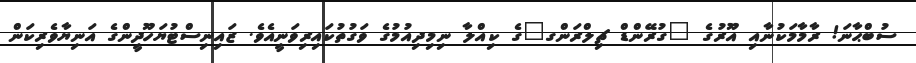
ސުބްޙާނަ! ރާމާމަކުނާއި އޫރުގެ "ގުރޭންޑް ޗިލްރަންގ"ގެ ކިއްލާ ނިމިދިއުމުގެ ވަގުތުކައިރިވަނީއެވެ. ޒައިނިސްޓުޔަހޫދީންގެ އަނިޔާވެރިކަން